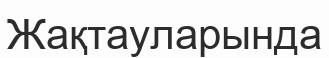
Жақтауларында